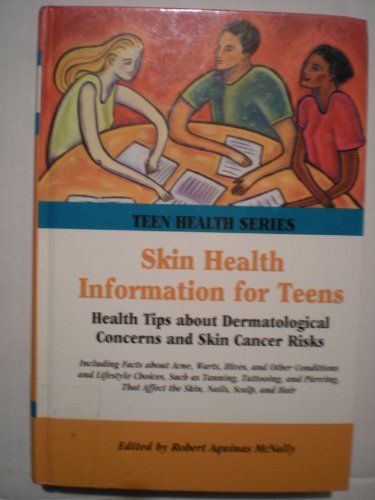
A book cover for Skin Health Information for Teens: Health Tips About Dermatological Concerns and Skin Cancer Risks (Teen Health Series); Robert Aquinas McNally; Teen & Young Adult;